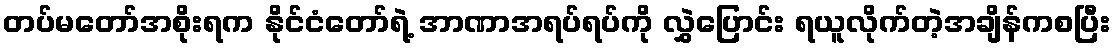
တပ်မတော်အစိုးရက နိုင်ငံတော်ရဲ့ အာဏာအရပ်ရပ်ကို လွှဲပြောင်း ရယူလိုက်တဲ့အချိန်ကစပြီး